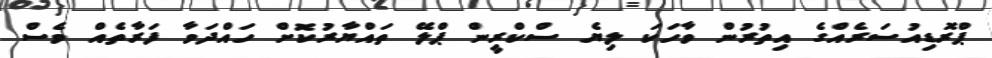
ޕްރޮޑިއުސަރެއްގެ އިތުރުން ވާހަކަ ލިޔެ ސްކްރީން ޕްލޭ ތައްޔާރުކޮށް ހައްދަވާ ފަރާތެއް ވެސް